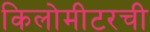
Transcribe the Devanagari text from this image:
किलोमीटरची